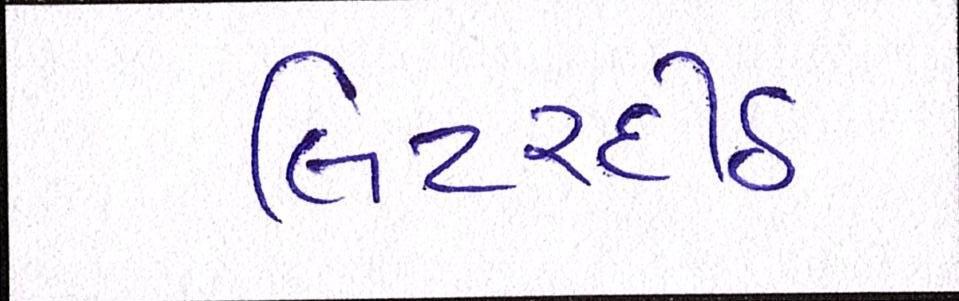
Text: લિટરદીઠ